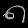
Digit: ၈